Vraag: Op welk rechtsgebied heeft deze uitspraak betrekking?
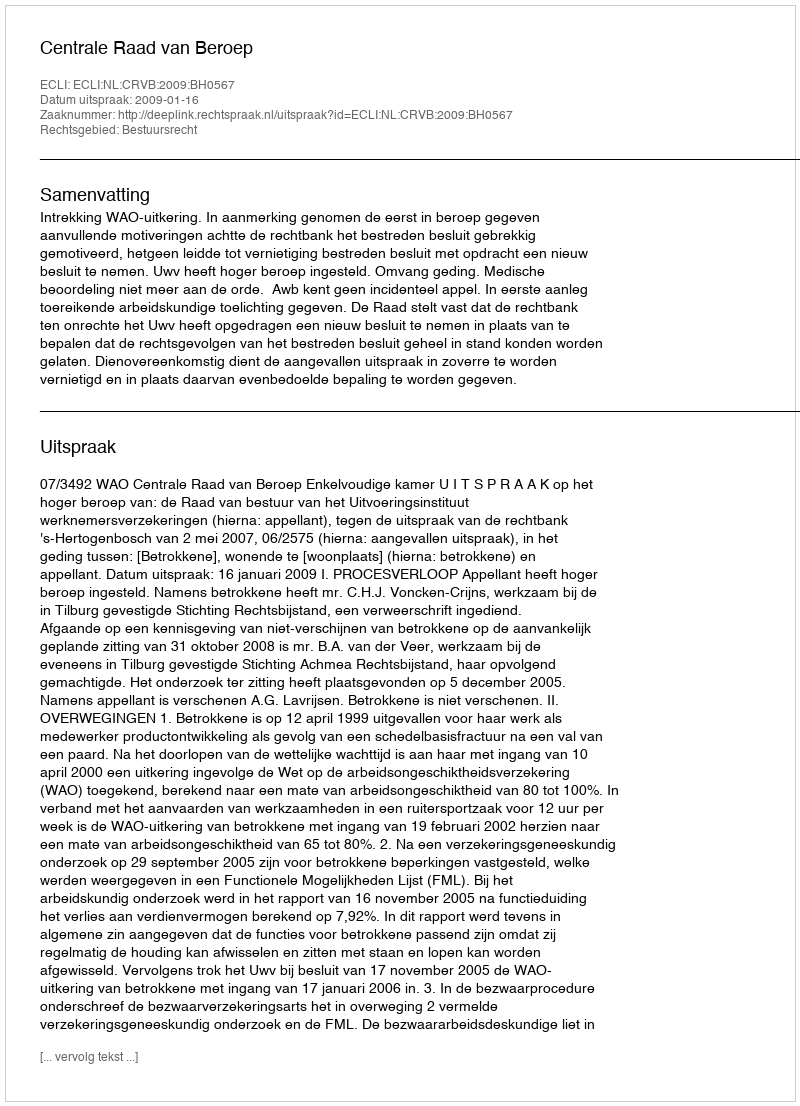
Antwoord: Bestuursrecht